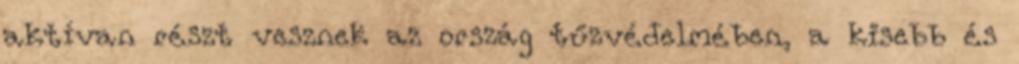
aktívan részt vesznek az ország tűzvédelmében, a kisebb és